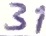
Text: 31